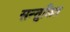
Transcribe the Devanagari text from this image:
सन्‍तुलित